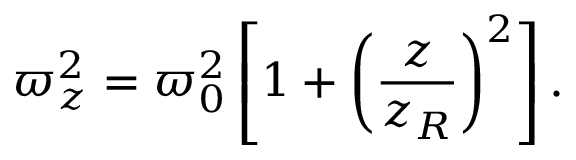
\varpi _ { z } ^ { 2 } = \varpi _ { 0 } ^ { 2 } \left[ 1 + \left( \frac { z } { z _ { R } } \right) ^ { 2 } \right] .